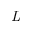
\emph { L }